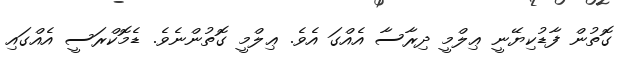
ގޮތުން ފާޑުކިޔޭނީ ޢިލްމީ ދިރާސާ އެއްގަ އެވެ. ޢިލްމީ ގޮތުންނެވެ. ޑެމޮކްރަސީ އެއްގައި